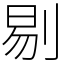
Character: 剔